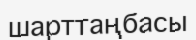
шарттаңбасы